Report of the Bombay Veterinary College
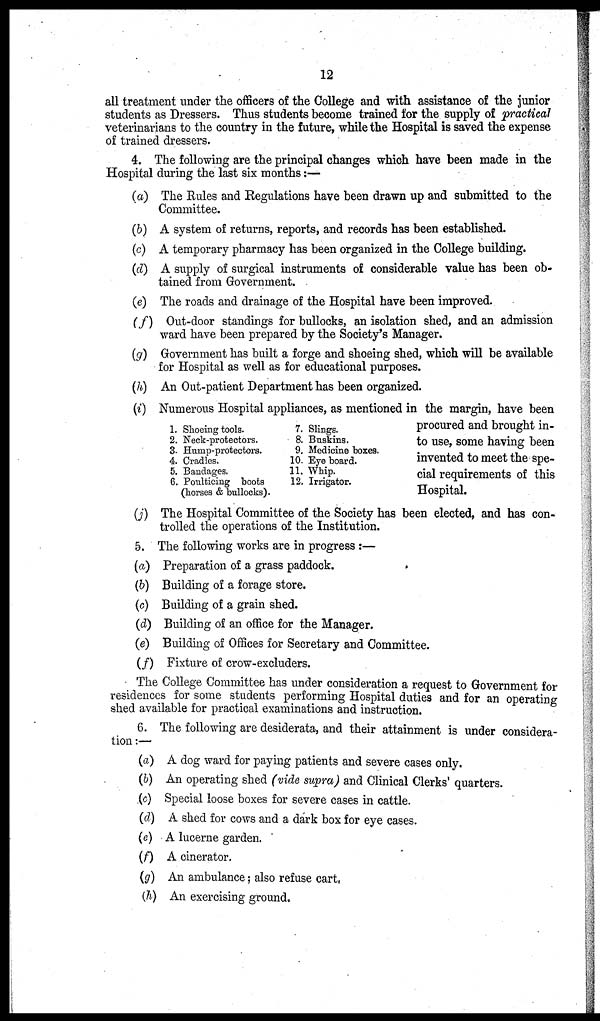
12
all treatment under the officers of the College and with assistance of the junior
students as Dressers. Thus students become trained for the supply of practical
veterinarians to the country in the future, while the Hospital is saved the expense
of trained dressers.
4. The following are the principal changes which have been made in the
Hospital during the last six months:—
(a) The Rules and Regulations have been drawn up and submitted to the
Committee.
(b) A system of returns, reports, and records has been established.
(c) A temporary pharmacy has been organized in the College building.
(d) A supply of surgical instruments of considerable value has been ob-
tained from Government.
(e) The roads and drainage of the Hospital have been improved.
(f)
Out-door standings for bullocks, an isolation shed, and an admission
ward have been prepared by the Society's Manager.
(g) Government has built a forge and shoeing shed, which will be available
for Hospital as well as for educational purposes.
(h) An Out-patient Department has been organized.
(i) Numerous Hospital appliances, as mentioned in the margin, have been
procured and brought in-
to use, some having been
invented to meet the spe-
cial requirements of this
Hospital.
(j) The Hospital Committee of the Society has been elected, and has con-
trolled the operations of the Institution.
1. Shoeing tools.
2. Neck-protectors.
3. Hump-protectors.
4. Cradles.
5. Bandages.
6. Poulticing boots
(horses & bullocks).
7. Slings.
8. Buskins.
9. Medicine boxes.
10. Eye board.
11. Whip.
12. Irrigator.
5. The following works are in progress:—
(a) Preparation of a grass paddock.
(b) Building of a forage store.
(c) Building of a grain shed.
(d) Building of an office for the Manager.
(e) Building of Offices for Secretary and Committee.
(f)
Fixture of crow-excluders.
The College Committee has under consideration a request to Government for
residences for some students performing Hospital duties and for an operating
shed available for practical examinations and instruction.
6. The following are desiderata, and their attainment is under considera-
tion :—
(a) A dog ward for paying patients and severe cases only.
(b) An operating shed (vide supra) and Clinical Clerks' quarters.
(c) Special loose boxes for severe cases in cattle.
(d) A shed for cows and a dark box for eye cases.
(e) A lucerne garden.
(f) A cinerator.
(g) An ambulance; also refuse cart.
(h) An exercising ground.